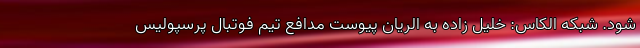
شود. شبکه الکاس: خلیل زاده به الریان پیوست مدافع تیم فوتبال پرسپولیس